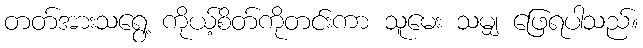
တတ်အားသရွေ့ ကိုယ့်စိတ်ကိုတင်းကာ သူမေး သမျှ ဖြေရပါသည်။